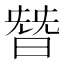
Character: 朁